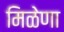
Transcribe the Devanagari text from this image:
मिळेणा